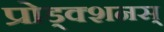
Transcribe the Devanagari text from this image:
प्रोड्क्शनस्